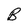
Character: B